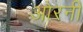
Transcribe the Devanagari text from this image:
ओरनी